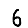
Digit: 6